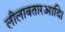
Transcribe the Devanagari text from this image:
लीलावतारआदि।